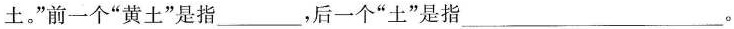
土。” 前一个 “黄土 ”是指___，后一个 “土 ”是指___。